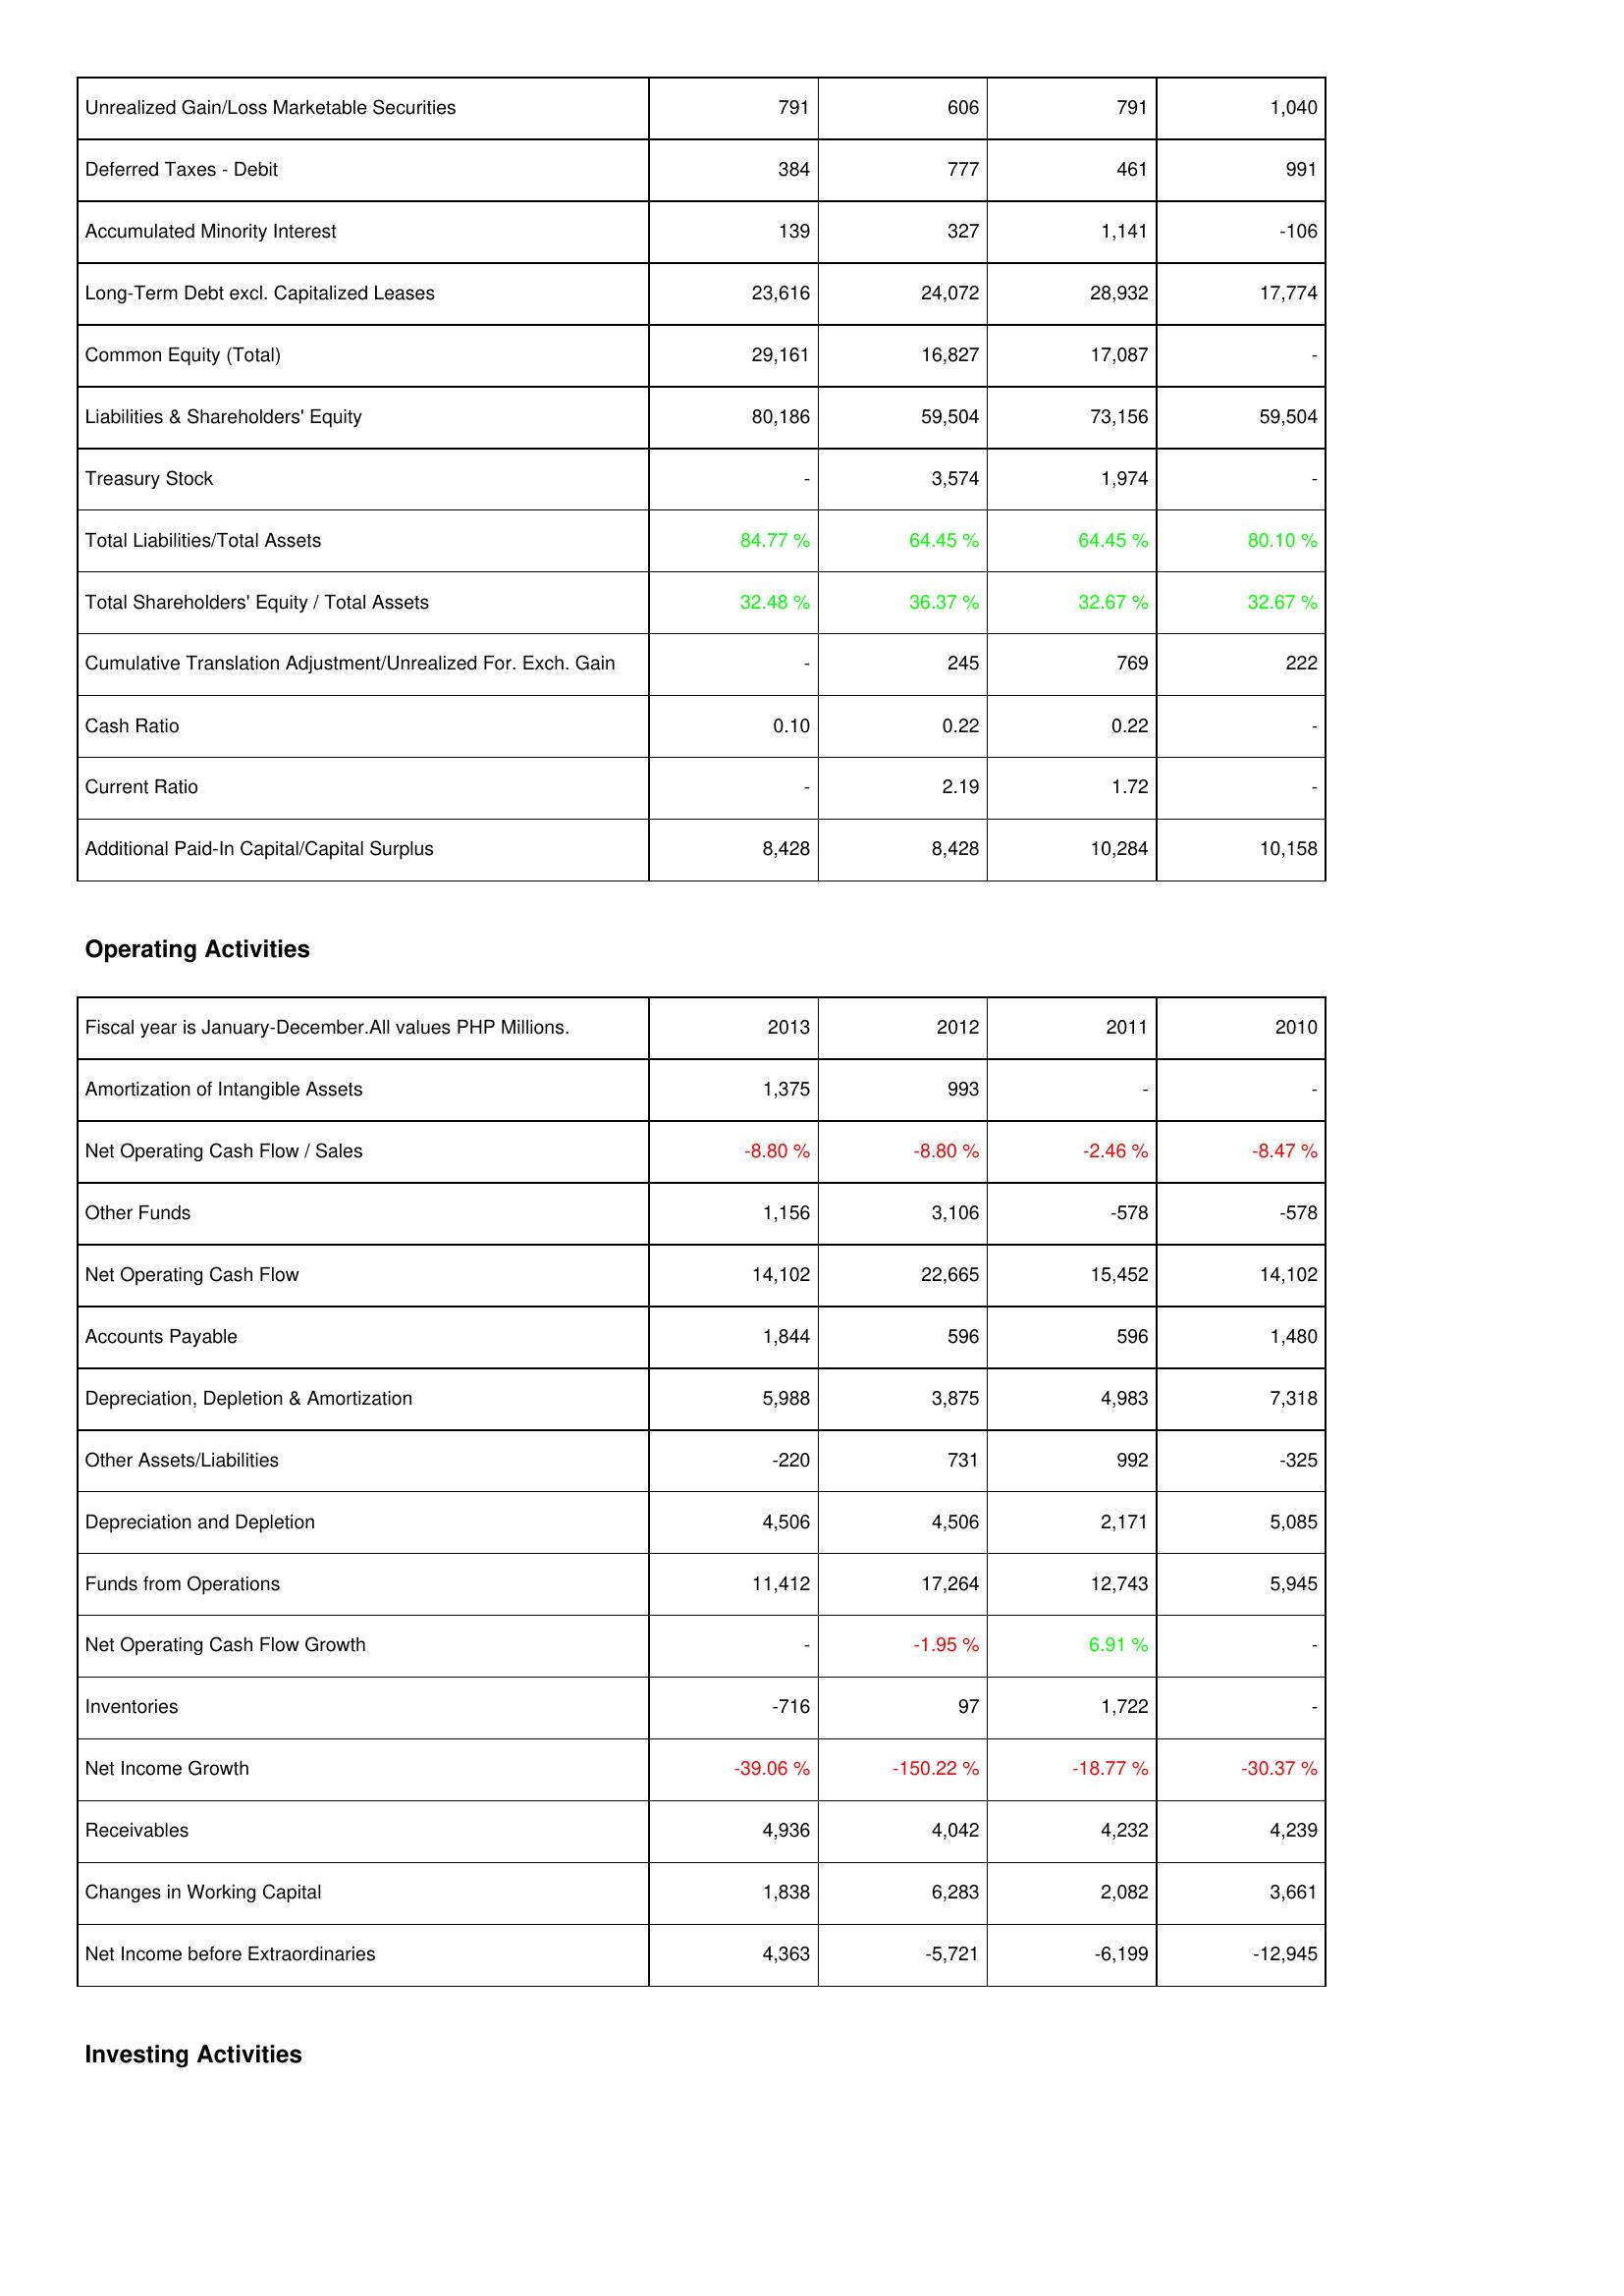
2013: Liabilities & Shareholders' Equity: Unrealized Gain/Loss Marketable Securities: 791
Deferred Taxes - Debit: 384
Accumulated Minority Interest: 139
Long-Term Debt excl. Capitalized Leases: 23,616
Common Equity (Total): 29,161
Liabilities & Shareholders' Equity: 80,186
Treasury Stock: -
Total Liabilities/Total Assets: 84.77 %
Total Shareholders' Equity / Total Assets: 32.48 %
Cumulative Translation Adjustment/Unrealized For. Exch. Gain: -
Cash Ratio: 0.10
Current Ratio: -
Additional Paid-In Capital/Capital Surplus: 8,428
Operating Activities: Amortization of Intangible Assets: 1,375
Net Operating Cash Flow / Sales: -8.80 %
Other Funds: 1,156
Net Operating Cash Flow: 14,102
Accounts Payable: 1,844
Depreciation, Depletion & Amortization: 5,988
Other Assets/Liabilities: -220
Depreciation and Depletion: 4,506
Funds from Operations: 11,412
Net Operating Cash Flow Growth: -
Inventories: -716
Net Income Growth: -39.06 %
Receivables: 4,936
Changes in Working Capital: 1,838
Net Income before Extraordinaries: 4,363
2012: Liabilities & Shareholders' Equity: Unrealized Gain/Loss Marketable Securities: 606
Deferred Taxes - Debit: 777
Accumulated Minority Interest: 327
Long-Term Debt excl. Capitalized Leases: 24,072
Common Equity (Total): 16,827
Liabilities & Shareholders' Equity: 59,504
Treasury Stock: 3,574
Total Liabilities/Total Assets: 64.45 %
Total Shareholders' Equity / Total Assets: 36.37 %
Cumulative Translation Adjustment/Unrealized For. Exch. Gain: 245
Cash Ratio: 0.22
Current Ratio: 2.19
Additional Paid-In Capital/Capital Surplus: 8,428
Operating Activities: Amortization of Intangible Assets: 993
Net Operating Cash Flow / Sales: -8.80 %
Other Funds: 3,106
Net Operating Cash Flow: 22,665
Accounts Payable: 596
Depreciation, Depletion & Amortization: 3,875
Other Assets/Liabilities: 731
Depreciation and Depletion: 4,506
Funds from Operations: 17,264
Net Operating Cash Flow Growth: -1.95 %
Inventories: 97
Net Income Growth: -150.22 %
Receivables: 4,042
Changes in Working Capital: 6,283
Net Income before Extraordinaries: -5,721
2011: Liabilities & Shareholders' Equity: Unrealized Gain/Loss Marketable Securities: 791
Deferred Taxes - Debit: 461
Accumulated Minority Interest: 1,141
Long-Term Debt excl. Capitalized Leases: 28,932
Common Equity (Total): 17,087
Liabilities & Shareholders' Equity: 73,156
Treasury Stock: 1,974
Total Liabilities/Total Assets: 64.45 %
Total Shareholders' Equity / Total Assets: 32.67 %
Cumulative Translation Adjustment/Unrealized For. Exch. Gain: 769
Cash Ratio: 0.22
Current Ratio: 1.72
Additional Paid-In Capital/Capital Surplus: 10,284
Operating Activities: Amortization of Intangible Assets: -
Net Operating Cash Flow / Sales: -2.46 %
Other Funds: -578
Net Operating Cash Flow: 15,452
Accounts Payable: 596
Depreciation, Depletion & Amortization: 4,983
Other Assets/Liabilities: 992
Depreciation and Depletion: 2,171
Funds from Operations: 12,743
Net Operating Cash Flow Growth: 6.91 %
Inventories: 1,722
Net Income Growth: -18.77 %
Receivables: 4,232
Changes in Working Capital: 2,082
Net Income before Extraordinaries: -6,199
2010: Liabilities & Shareholders' Equity: Unrealized Gain/Loss Marketable Securities: 1,040
Deferred Taxes - Debit: 991
Accumulated Minority Interest: -106
Long-Term Debt excl. Capitalized Leases: 17,774
Common Equity (Total): -
Liabilities & Shareholders' Equity: 59,504
Treasury Stock: -
Total Liabilities/Total Assets: 80.10 %
Total Shareholders' Equity / Total Assets: 32.67 %
Cumulative Translation Adjustment/Unrealized For. Exch. Gain: 222
Cash Ratio: -
Current Ratio: -
Additional Paid-In Capital/Capital Surplus: 10,158
Operating Activities: Amortization of Intangible Assets: -
Net Operating Cash Flow / Sales: -8.47 %
Other Funds: -578
Net Operating Cash Flow: 14,102
Accounts Payable: 1,480
Depreciation, Depletion & Amortization: 7,318
Other Assets/Liabilities: -325
Depreciation and Depletion: 5,085
Funds from Operations: 5,945
Net Operating Cash Flow Growth: -
Inventories: -
Net Income Growth: -30.37 %
Receivables: 4,239
Changes in Working Capital: 3,661
Net Income before Extraordinaries: -12,945